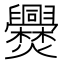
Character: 㸑